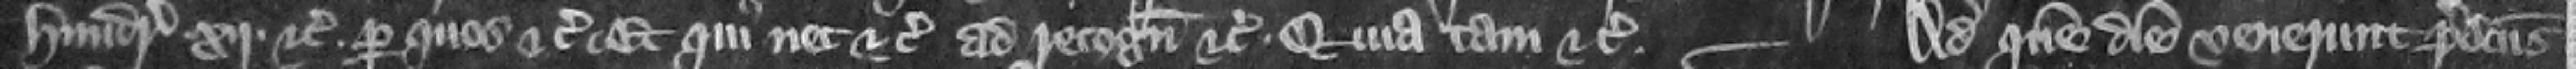
hundredo . xij. etc. per quos etc. et qui nec etc. ad recognoscendum etc. quia tam etc. Ad quem diem venerunt predictus